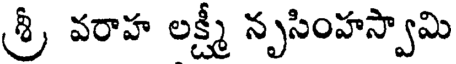
శ్రీ వరాహ లక్ష్మీ నృసింహస్వామి